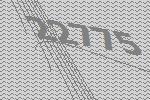
22775